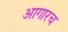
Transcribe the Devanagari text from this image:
आगारच